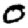
Digit: 0